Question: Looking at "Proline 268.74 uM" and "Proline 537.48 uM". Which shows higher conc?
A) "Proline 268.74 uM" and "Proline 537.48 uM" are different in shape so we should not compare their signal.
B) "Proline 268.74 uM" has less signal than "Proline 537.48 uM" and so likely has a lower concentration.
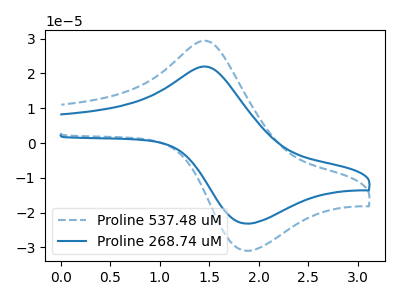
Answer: <think>The blue dashed curve "Proline 537.48 uM" has an anodic peak at (1.50V, 29.25uA) and a cathodic peak at (1.85V, -30.95uA). The blue curve "Proline 268.74 uM" has an anodic peak at (1.50V, 21.85uA) and a cathodic peak at (1.85V, -23.15uA).
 All the peaks in "Proline 268.74 uM" have a peak in "Proline 537.48 uM" at the same potential. Every peak in "Proline 268.74 uM" is lower than every peak in "Proline 537.48 uM".</think>
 <answer>B) "Proline 268.74 uM" has less signal than "Proline 537.48 uM" and so likely has a lower concentration.</answer>
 <eval>B</eval>